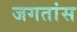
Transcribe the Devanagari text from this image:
जगतांस